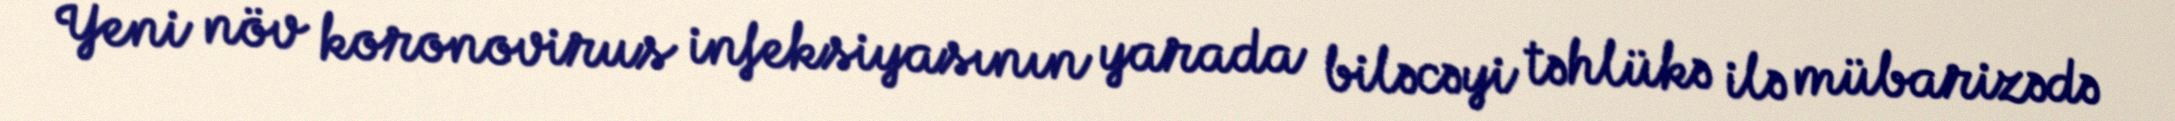
Yeni növ koronovirus infeksiyasının yarada biləcəyi təhlükə ilə mübarizədə